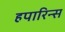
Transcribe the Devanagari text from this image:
हपारिन्स